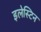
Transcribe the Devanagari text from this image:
इलेस्टिन